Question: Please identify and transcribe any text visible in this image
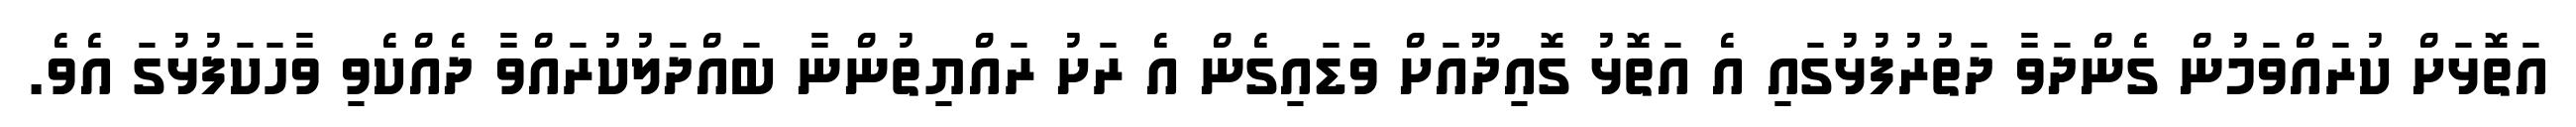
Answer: އަތޮޅަށް ކުރައްވަމުން ގެންދަވާ ދަތުރުފުޅުގައި އެ އަތޮޅު ގޮއިދޫއަށް ވަޑައިގެން އެ ރަށު ރައްޔިތުންނާ ބައްދަލުކުރައްވާ ދެއްކެވި ވާހަކަފުޅުގަ އެވެ.